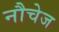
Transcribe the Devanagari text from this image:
नौचेज